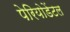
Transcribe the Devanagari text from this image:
पेरियोडेंटल